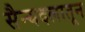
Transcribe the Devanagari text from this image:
सैन्यदलातून